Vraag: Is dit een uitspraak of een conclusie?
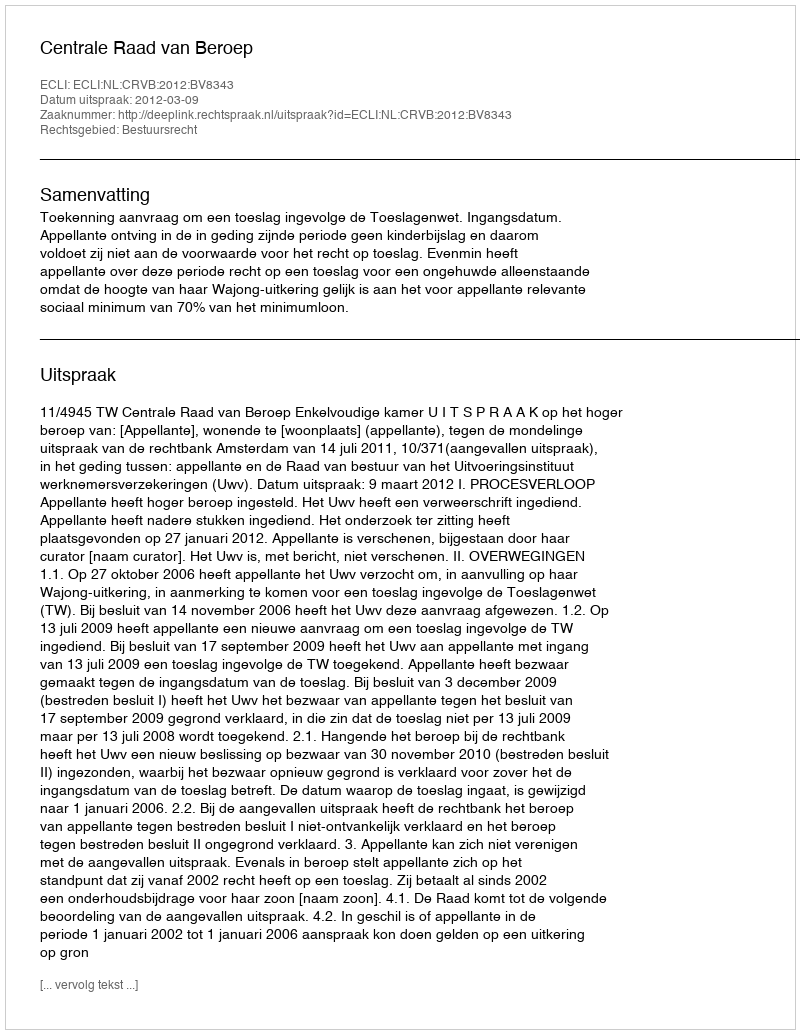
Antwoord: Uitspraak